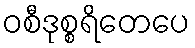
ဝစီဒုစ္စရိတေပေ